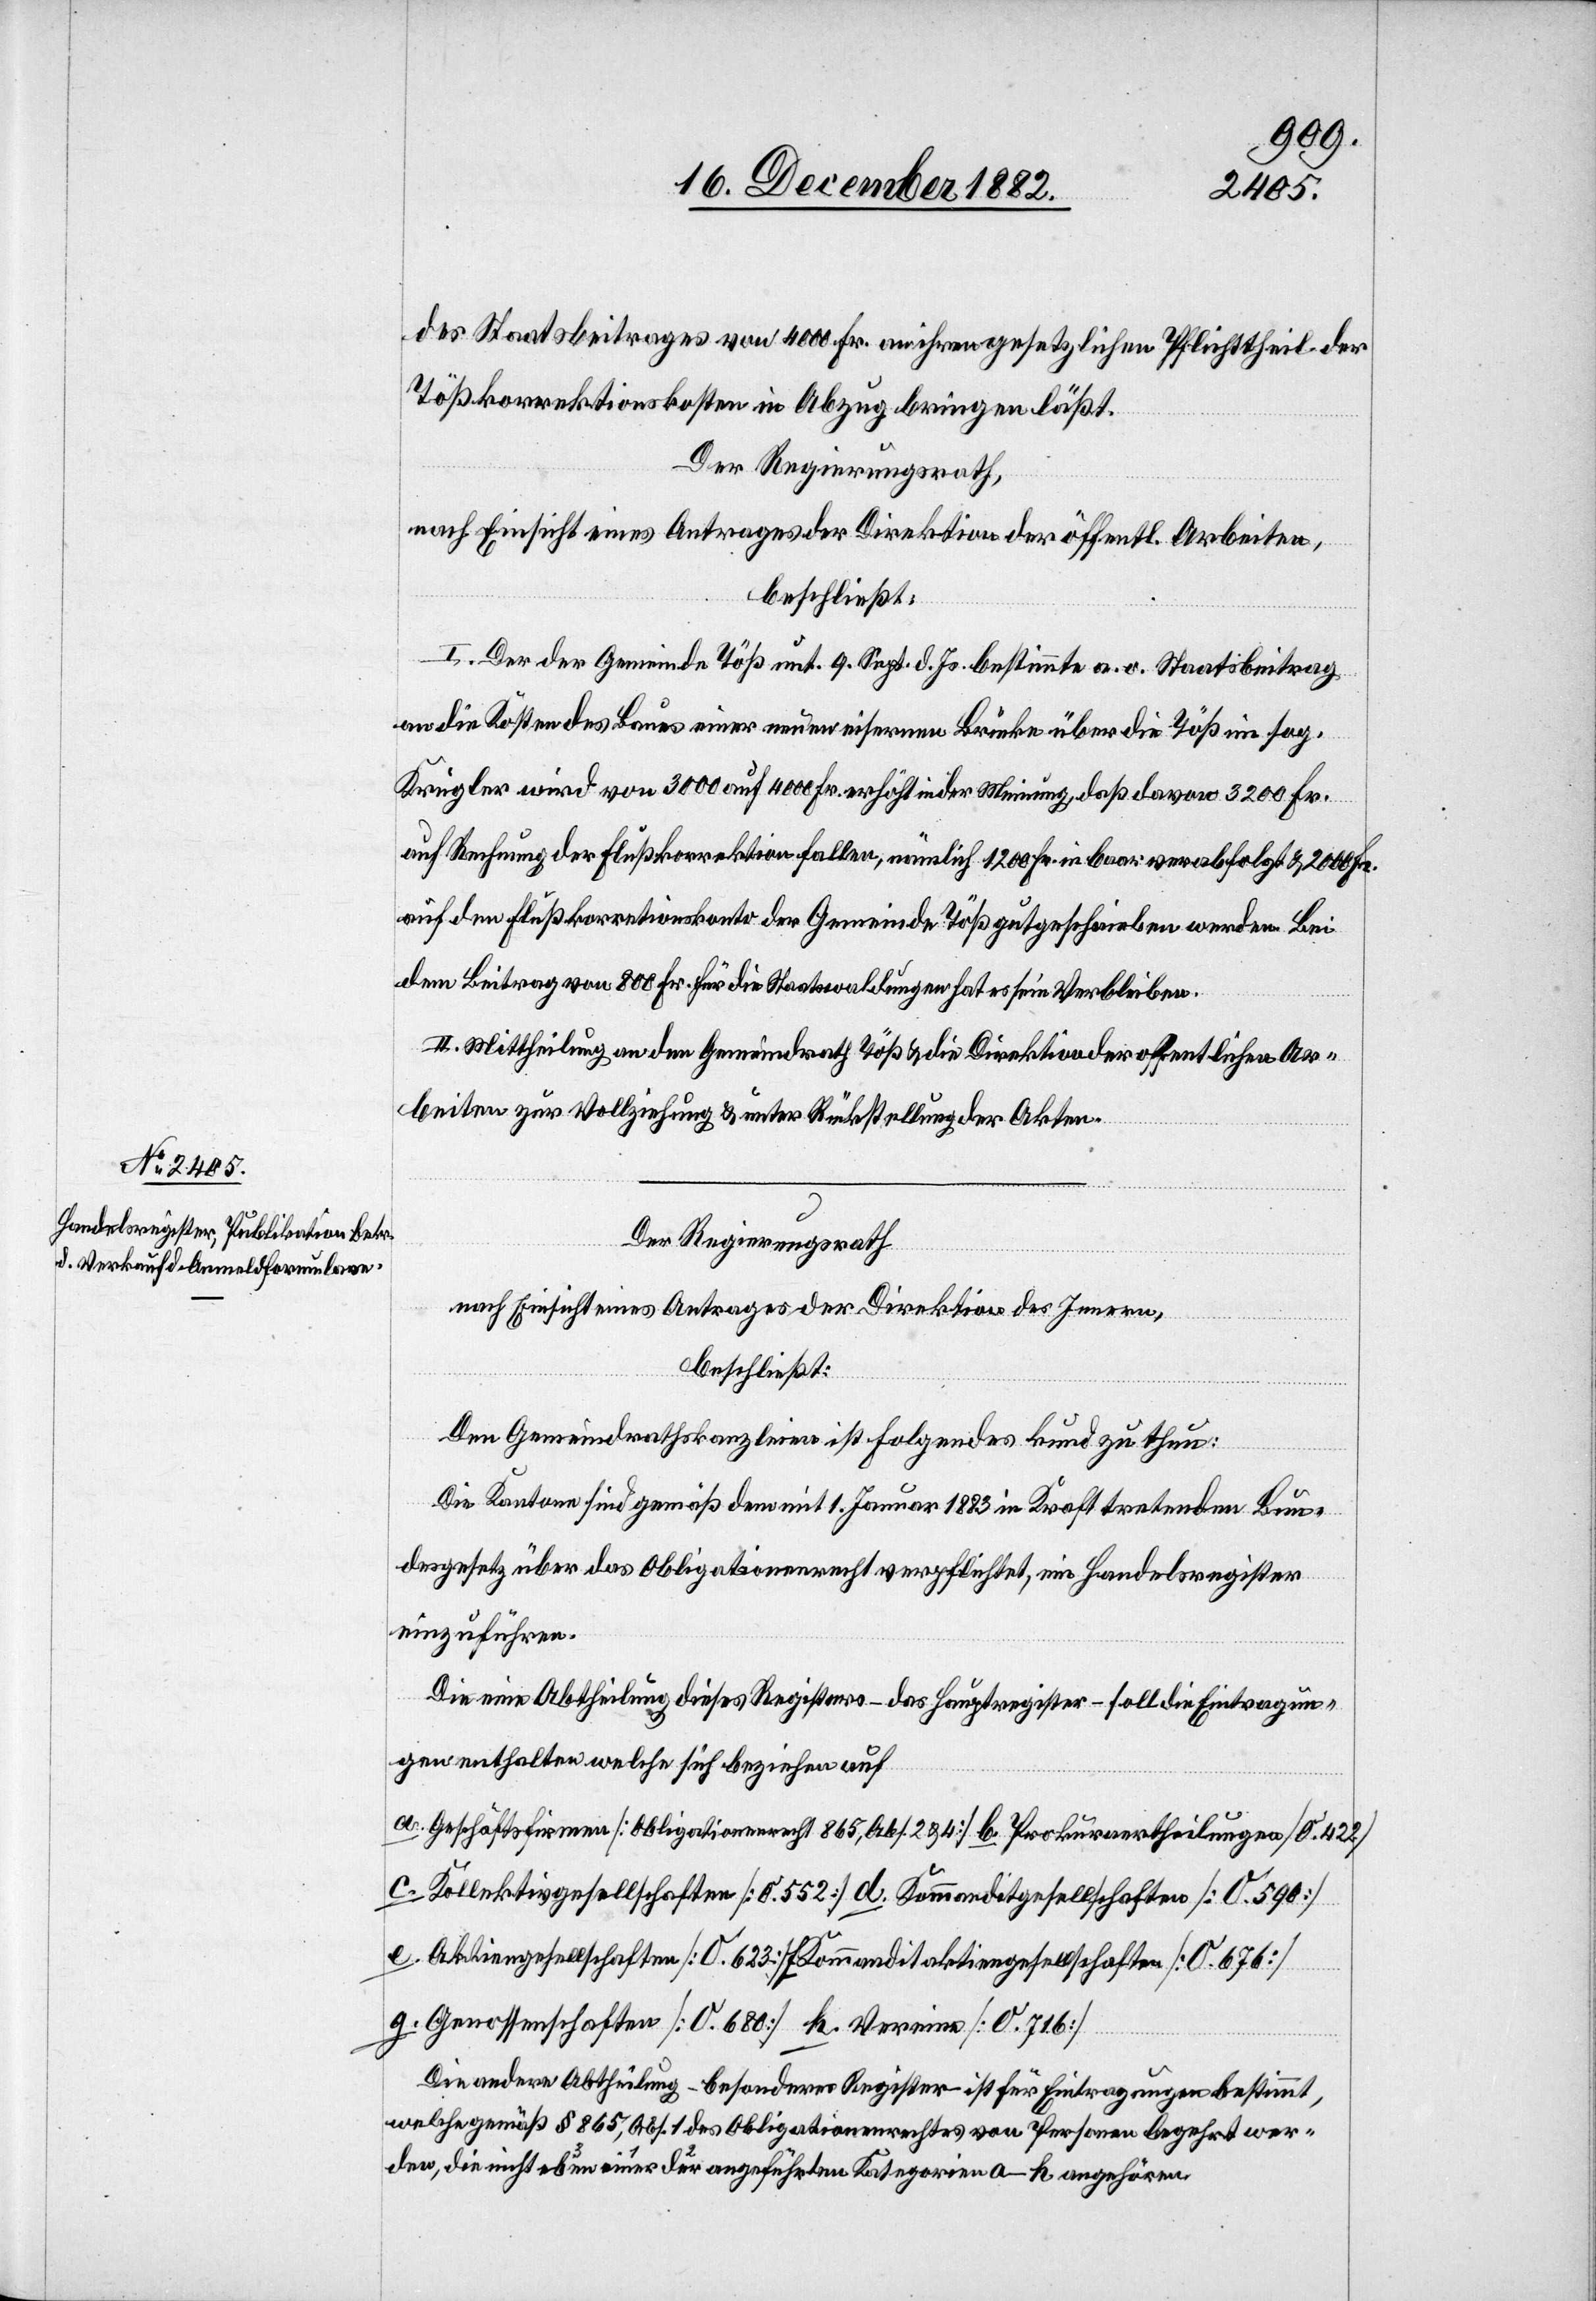
des Staatsbeitrages von 4000 Fr. an ihren gesetzlichen Pflichttheil der
Tößkorrektionskosten in Abzug bringen läßt.
Der Regierungsrath,
nach Einsicht eines Antrages der Direktion der öffentl. Arbeiten,
beschließt:
I. Der der Gemeinde Töß unt. 9. d. Js. bestimmte a. o. Staatsbeitrag
an die Kosten des Baues einer neuen eisernen Brücke über die Töß im sog.
Krugler wird von 3000 auf 4000 Fr. erhöht in der Meinung, daß davon 3200 Fr.
auf Rechnung der Flußkorrektion fallen, nämlich 1200 Fr. in baar verabfolgt & 2000 Fr.
auf den Flußkorrektionskonto der Gemeinde Töß gutgeschrieben werden. Bei
dem Beitrag von 800 Fr. für die Staatswaldungen hat es sein Verbleiben.
II. Mittheilung an den Gemeindrath Töß & an die Direktion der öffentlichen Ar¬
beiten zur Vollziehung & unter Rückstellung der Akten.
Der Regierungsrath
nach Einsicht eines Antrages der Direktion des Innern,
beschließt:
Den Gemeindrathskanzleien ist folgendes kund zu thun:
Die Kantone sind gemäß dem mit 1. Januar 1883 in Kraft tretenden Bun¬
desgesetz über das Obligationsrecht verpflichtet, ein Handelsregister
einzuführen.
Die eine Abtheilung dieses Registers – das Hauptregister – soll die Eintragun¬
gen enthalten welche sich beziehen auf
a. Geschäftsfirmen [Obligationenrecht 865, Abs. 2 & 4] b. Prokuraertheilungen [0.422]
c. Kollektivgesellschaften [0.554] d. Kommanditgesellschaften [0.590]
e. Aktiengesellschaften [0.623] f. Kommanditaktiengesellschaften [0.676]
g. Genossenschaften [0.680] k. Vereine [0.716]
Die andere Abtheilung – besondere Register – ist für Eintragungen bestimmt
welche gemäß § 865, Abs. 1 des Obligationenrechtes von Personen begehrt wer¬
den, die nicht einer der eben angeführten Kategorien a–k angehören.